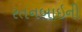
રતનબાઇની